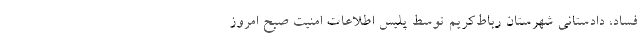
فساد، دادستانی شهرستان رباط‌کریم توسط پلیس اطلاعات امنیت صبح امروز